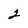
Character: 2